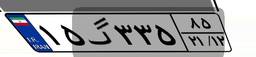
۱۵گ۳۳۵۸۵